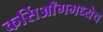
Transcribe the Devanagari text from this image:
कर्सिआँगमध्येच